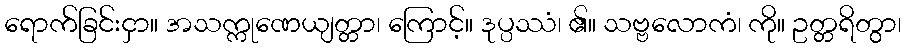
ရောက်ခြင်းငှာ။ အသက္ကုဏေယျတ္တာ၊ ကြောင့်။ ဒုပ္ပဿံ၊ ၏။ သဗ္ဗလောကံ၊ ကို။ ဥတ္တရိတွာ၊